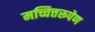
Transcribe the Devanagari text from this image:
मच्चित्तरूपेण